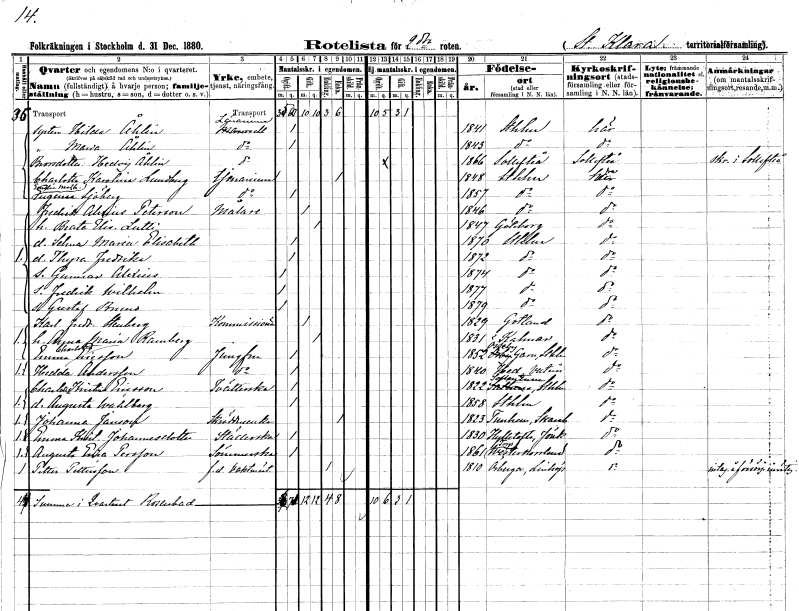
gt_parse: households: individuals: FN: Hilda
EN: Åhlin
YRKE: Lärarinna
KON: K
CIV: O
FODAR: 1841
FODFORS: Stockholm
FN: Maria
EN: Åhlin
YRKE: Lärarinna
KON: K
CIV: O
FODAR: 1843
FODFORS: Stockholm
FN: Hedvig
EN: Åhlin
YRKE: Lärarinna
KON: K
CIV: O
FODAR: 1866
FODFORS: Sollefteå Västernorrlands län
FN: Charlotta Karolina
EN: Lundberg
YRKE: Tjänarinna
KON: K
CIV: E
FODAR: 1848
FODFORS: Stockholm
FN: Emelie Mathilda Eugenia
EN: Sjöberg
YRKE: Tjänarinna
KON: K
CIV: O
FODAR: 1857
FODFORS: Stockholm
FN: Fredrik Alexius
EN: Peterson
YRKE: Målare
KON: M
CIV: G
FODAR: 1846
FODFORS: Stockholm
FN: Beata Elisabeth
EN: Lutti
KON: K
CIV: G
FODAR: 1847
FODFORS: Göteborg Göteborgs- och Bohuslän
FN: Selma Maria Elisabeth
KON: K
CIV: O
FODAR: 1870
FODFORS: Stockholm
FN: Thyra Fredrika
KON: K
CIV: O
FODAR: 1872
FODFORS: Stockholm
FN: Gunnar Alexius
KON: M
CIV: O
FODAR: 1874
FODFORS: Stockholm
FN: Fredrik Wilhelm
KON: M
CIV: O
FODAR: 1877
FODFORS: Stockholm
FN: Gustaf Bruno
KON: M
CIV: O
FODAR: 1879
FODFORS: Stockholm
FN: Karl Fredrik
EN: Stenberg
YRKE: Kommissionär
KON: M
CIV: G
FODAR: 1829
FODFORS: Othem Gotlands län
FN: Anna Maria
EN: Ramberg
KON: K
CIV: G
FODAR: 1831
FODFORS: Kalmar Kalmar län
FN: Emma Charlotta
EN: Ericsson
YRKE: Jungfru
KON: K
CIV: O
FODAR: 1852
FODFORS: Össeby-Garn Stockholms län
FN: Hedda
EN: Andersson
YRKE: Jungfru
KON: K
CIV: O
FODAR: 1840
FODFORS: Hed Västmanlands län
FN: Charlotta Kristina
EN: Ericsson
YRKE: Tvätterska
KON: K
CIV: O
FODAR: 1822
FODFORS: Sollentuna Stockholms län
FN: Augusta Wahlborg
KON: K
CIV: O
FODAR: 1858
FODFORS: Stockholm
FN: Johanna
EN: Janson
YRKE: Skräddareänka
KON: K
CIV: E
FODAR: 1823
FODFORS: Östra Tunhem Skaraborgs län
FN: Emma Kristina
EN: Johannesdotter
YRKE: Städerska
KON: K
CIV: O
FODAR: 1830
FODFORS: Hylletofta Jönköpings län
FN: Augusta Erica
EN: Persson
YRKE: Sömmerska
KON: K
CIV: O
FODAR: 1861
FODFORS: Torp Västernorrlands län
FN: Petter
EN: Pettersson
YRKE: Vaktmästare f.d.
KON: M
CIV: E
FODAR: 1810
FODFORS: Örberga Östergötlands län